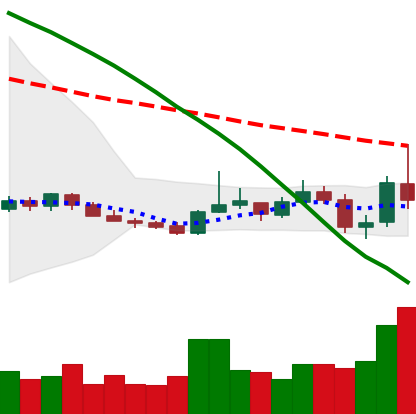
Ticker: XMR-USD
Chart end date: 2019-10-26
Forward return: 4.521%
Label: up_3_5